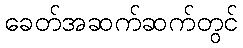
ခေတ်အဆက်ဆက်တွင်